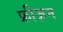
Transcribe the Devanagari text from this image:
फ्रीज़न